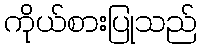
ကိုယ်စားပြုသည်